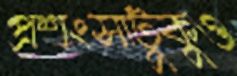
প্রশংসাটুকুও